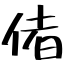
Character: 偖